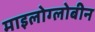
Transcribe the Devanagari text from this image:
माइलोग्लोबीन